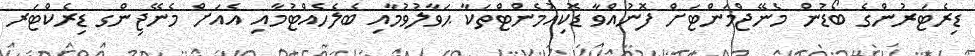
ޑިރެޓަރުންގެ ބޯޑުން މެނޭޖްމަންޓަށް ފޮނުއްވާ ޑޮކިއުމެންޓްތަކާ ޙަވާލުވުމާއި ބެލެހެއްޓުމާއި އެއަށް މެނޭޖިންގ ޑިރެކްޓަރ